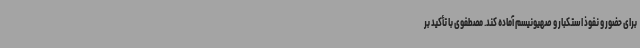
برای حضور و نفوذ استکبار و صهیونیسم آماده کند. مصطفوی با تأکید بر